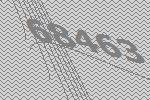
68463